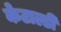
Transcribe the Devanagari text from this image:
केटाल्डी